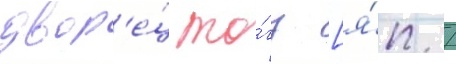
двор'е́ц то́гу [я́п. /